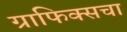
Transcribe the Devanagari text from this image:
ग्राफिक्सचा